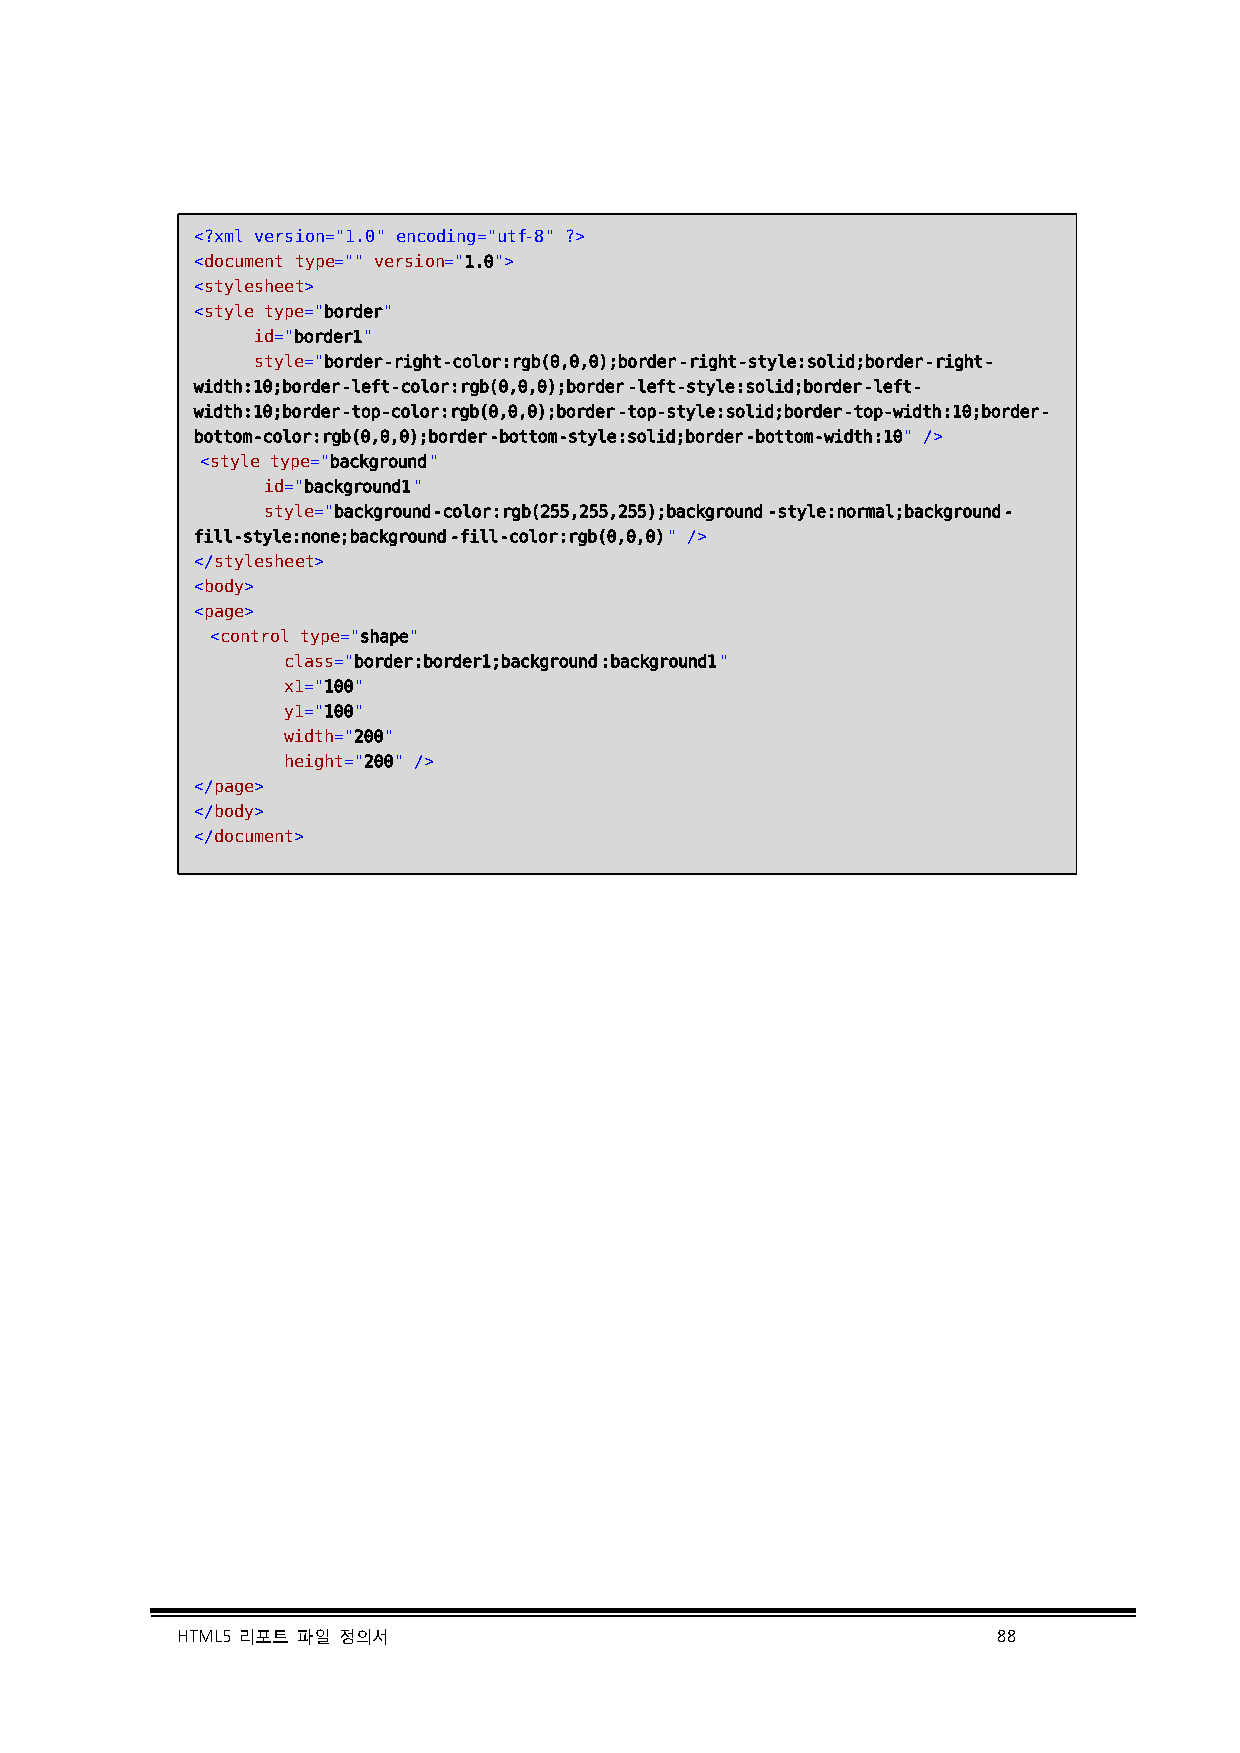
<?xml version="1.0" encoding="utf-8" ?>
 <document type="" version="1.0">
 <stylesheet>
 <style type="border"
 id="border1"
 style="border-right-color:rgb(0,0,0);border-right-style:solid;border-right-
 width:10;border-left-color:rgb(0,0,0);border-left-style:solid;border-left-
 width:10;border-top-color:rgb(0,0,0);border-top-style:solid;border-top-width:10;border-
 bottom-color:rgb(0,0,0);border-bottom-style:solid;border-bottom-width:10" />
 <style type="background"
 id="background1"
 style="background-color:rgb(255,255,255);background-style:normal;background-
 fill-style:none;background-fill-color:rgb(0,0,0)" />
 </stylesheet>
 <body>
 <page>
 <control type="shape"
 class="border:border1;background:background1"
 x1="100"
 y1="100"
 width="200"
 height="200" />
 </page>
 </body>
 </document>
 HTML5 리포트 파일 정의서                                      88